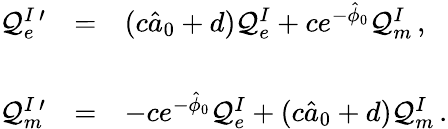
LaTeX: \begin{array}{rcl}{{{\cal Q}_{e}^{I\ \prime}}}&{{=}}&{{(c\hat{a}_{0}+d){\cal Q}_{e}^{I}+ce^{-\hat{\phi}_{0}}{\cal Q}_{m}^{I}\, ,}}\\ {{}}&{{}}&{{}}\\ {{{\cal Q}_{m}^{I\ \prime}}}&{{=}}&{{-ce^{-\hat{\phi}_{0}}{\cal Q}_{e}^{I}+(c\hat{a}_{0}+d){\cal Q}_{m}^{I}\, .}}\end{array}